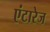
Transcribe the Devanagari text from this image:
एंटारेज